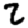
Digit: 2